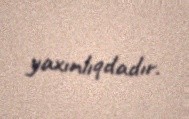
yaxınlıqdadır.